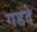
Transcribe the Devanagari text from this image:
गडदे